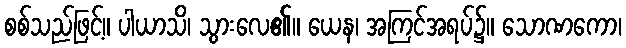
စစ်သည်ဖြင့်။ ပါယာသိ၊ သွားလေ၏။ ယေန၊ အကြင်အရပ်၌။ သောဏကော၊